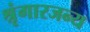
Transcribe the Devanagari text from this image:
श्रृंगारजन्य